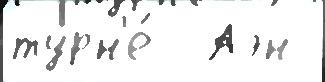
турн'е́  Аэн